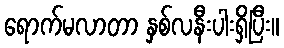
ရောက်မလာတာ နှစ်လနီးပါးရှိပြီး။